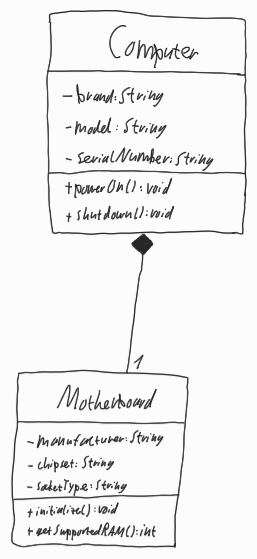
Diagram type: class_diagram
```plantuml
@startuml

class Computer {
  - brand: String
  - model: String
  - serialNumber: String
  + powerOn(): void
  + shutdown(): void
}

class Motherboard {
  - manufacturer: String
  - chipset: String
  - socketType: String
  + initialize(): void
  + getSupportedRAM(): int
}

Computer *-- "1" Motherboard

@enduml
```